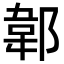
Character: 郼